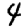
Digit: 4